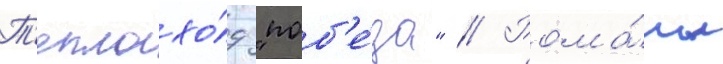
Т'еплохо́д "поб'е́да" // Рома́ны